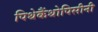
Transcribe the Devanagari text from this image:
पिथेकैंथोपिसीनी